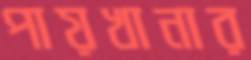
পায়খানার